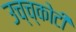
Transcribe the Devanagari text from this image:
उच्च्कोटी